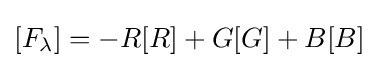
[F_{\lambda }]=-R[R]+G[G]+B[B]